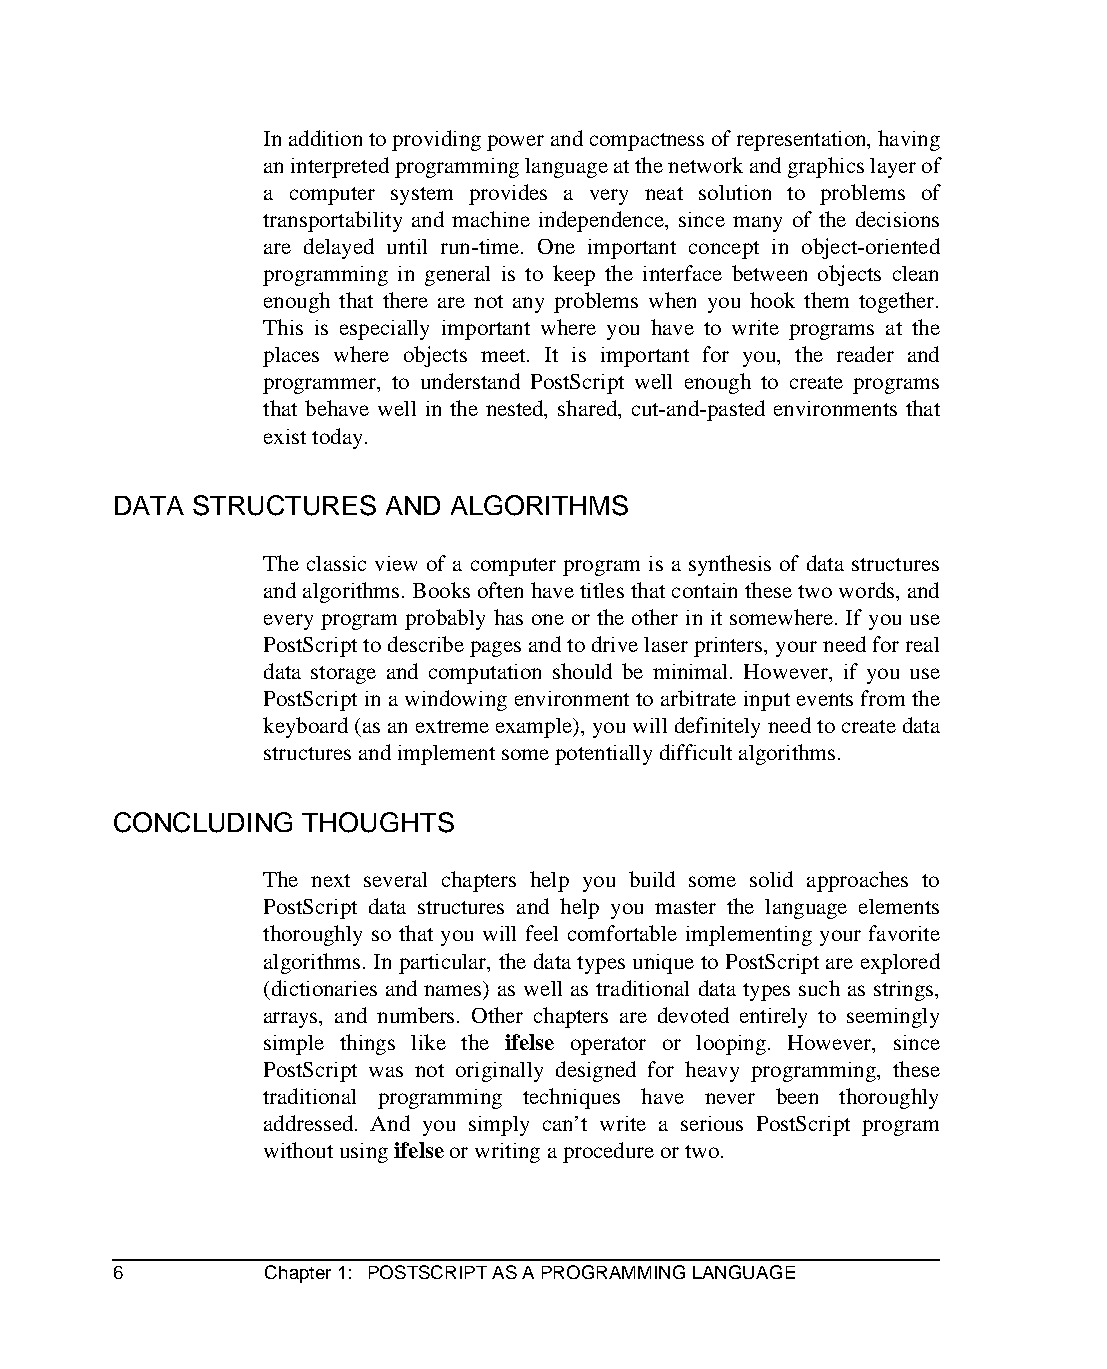
In addition to providing power and compactness of representation, having
 an interpreted programming language at the network and graphics layer of
 a computer system provides a very neat solution to problems of
 transportability and machine independence, since many of the decisions
 are delayed until run-time. One important concept in object-oriented
 programming in general is to keep the interface between objects clean
 enough that there are not any problems when you hook them together.
 This is especially important where you have to write programs at the
 places where objects meet. It is important for you, the reader and
 programmer, to understand PostScript well enough to create programs
 that behave well in the nested, shared, cut-and-pasted environments that
 exist today.
 DATA STRUCTURES   AND ALGORITHMS
 The classic view of a computer program is a synthesis of data structures
 and algorithms. Books often have titles that contain these two words, and
 every program probably has one or the other in it somewhere. If you use
 PostScript to describe pages and to drive laser printers, your need for real
 data storage and computation should be minimal. However, if you use
 PostScript in a windowing environment to arbitrate input events from the
 keyboard (as an extreme example), you will definitely need to create data
 structures and implement some potentially difficult algorithms.
 CONCLUDING   THOUGHTS
 The next several chapters help you build some solid approaches to
 PostScript data structures and help you master the language elements
 thoroughly so that you will feel comfortable implementing your favorite
 algorithms. In particular, the data types unique to PostScript are explored
 (dictionaries and names) as well as traditional data types such as strings,
 arrays, and numbers. Other chapters are devoted entirely to seemingly
 simple things like the ifelse operator or looping. However, since
 PostScript was not originally designed for heavy programming, these
 traditional programming techniques have never been thoroughly
 addressed. And you simply can’t write a serious PostScript program
 without using ifelse or writing a procedure or two.
 6         Chapter 1: POSTSCRIPT AS A PROGRAMMING LANGUAGE